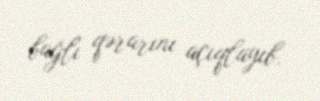
bağlı qərarını açıqlayıb.